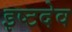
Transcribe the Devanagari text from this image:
इष्‍टदेव